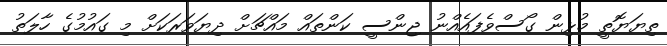
ތިޔަޔޮތީ މުޅިން ގޯސްވެފައެއްނު ޖިންސީ ކަންތައް މައްޗަށް ދިޔަވަރަކަށް މި ގައުމުގެ ހާލަތު